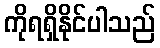
ကိုရရှိနိုင်ပါသည်